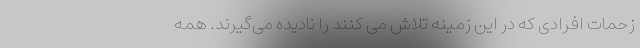
زحمات افرادی که در این زمینه تلاش می کنند را نادیده می‌گیرند. همه